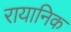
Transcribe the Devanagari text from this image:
रायानिक